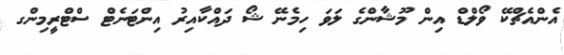
އެންއެޗްކޭ ވޯލްޑް އިން މޫޝާންގެ ލަވަ ހިމެނޭ ޝޯ ދައްކާއިރު އިންޓަނެޓް ސްޓްރީމިންގ